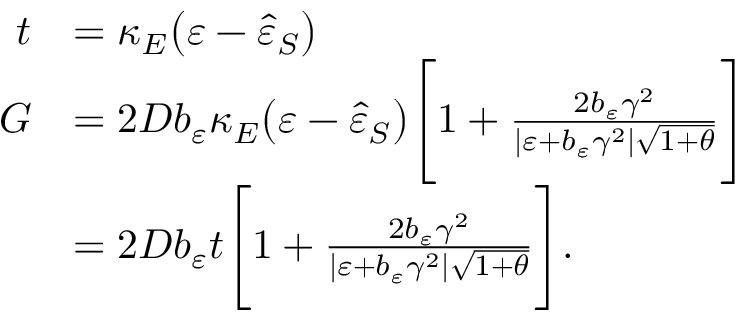
\begin{array} { r l } { t } & { = \kappa _ { E } \big ( \varepsilon - \hat { \varepsilon } _ { S } \big ) } \\ { G } & { = 2 D b _ { \varepsilon } \kappa _ { E } \big ( \varepsilon - \hat { \varepsilon } _ { S } \big ) \Bigg [ 1 + \frac { 2 b _ { \varepsilon } \gamma ^ { 2 } } { \vert \varepsilon + b _ { \varepsilon } \gamma ^ { 2 } \vert \sqrt { 1 + \theta } } \Bigg ] } \\ & { = 2 D b _ { \varepsilon } t \Bigg [ 1 + \frac { 2 b _ { \varepsilon } \gamma ^ { 2 } } { \vert \varepsilon + b _ { \varepsilon } \gamma ^ { 2 } \vert \sqrt { 1 + \theta } } \Bigg ] . } \end{array}